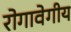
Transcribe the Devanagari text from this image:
रोगावेगीय